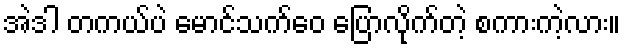
အဲဒါ တကယ်ပဲ မောင်သက်ဝေ ပြောလိုက်တဲ့ စကားကဲ့လား။